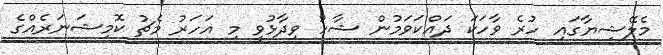
މެލޭޝިޔާގައި ހުރެ ވާހަކަ ދައްކަވަމުން ޝާހު ވިދާޅުވީ މި އަހަރު މެޗު ކޮމިޝަނަރެއްގެ